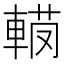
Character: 𨍅